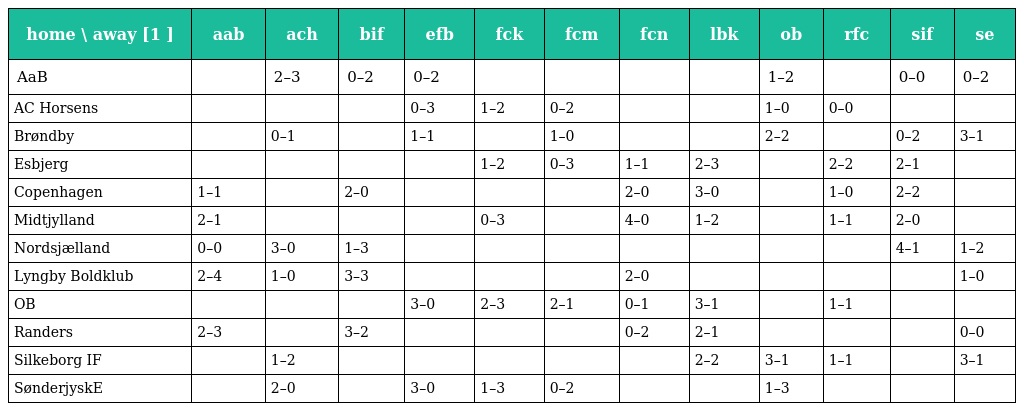
| home \ away [1 ] | aab | ach | bif | efb | fck | fcm | fcn | lbk | ob | rfc | sif | se |
 | --- | --- | --- | --- | --- | --- | --- | --- | --- | --- | --- | --- | --- |
 | AaB |  | 2–3 | 0–2 | 0–2 |  |  |  |  | 1–2 |  | 0–0 | 0–2 |
 | AC Horsens |  |  |  | 0–3 | 1–2 | 0–2 |  |  | 1–0 | 0–0 |  |  |
 | Brøndby |  | 0–1 |  | 1–1 |  | 1–0 |  |  | 2–2 |  | 0–2 | 3–1 |
 | Esbjerg |  |  |  |  | 1–2 | 0–3 | 1–1 | 2–3 |  | 2–2 | 2–1 |  |
 | Copenhagen | 1–1 |  | 2–0 |  |  |  | 2–0 | 3–0 |  | 1–0 | 2–2 |  |
 | Midtjylland | 2–1 |  |  |  | 0–3 |  | 4–0 | 1–2 |  | 1–1 | 2–0 |  |
 | Nordsjælland | 0–0 | 3–0 | 1–3 |  |  |  |  |  |  |  | 4–1 | 1–2 |
 | Lyngby Boldklub | 2–4 | 1–0 | 3–3 |  |  |  | 2–0 |  |  |  |  | 1–0 |
 | OB |  |  |  | 3–0 | 2–3 | 2–1 | 0–1 | 3–1 |  | 1–1 |  |  |
 | Randers | 2–3 |  | 3–2 |  |  |  | 0–2 | 2–1 |  |  |  | 0–0 |
 | Silkeborg IF |  | 1–2 |  |  |  |  |  | 2–2 | 3–1 | 1–1 |  | 3–1 |
 | SønderjyskE |  | 2–0 |  | 3–0 | 1–3 | 0–2 |  |  | 1–3 |  |  |  |